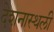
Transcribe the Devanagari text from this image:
देशनास्थली